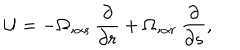
LaTeX: { \cal U } = - \Omega , _ { \alpha s } { \frac { \partial } { \partial r } } + \Omega , _ { \alpha r } { \frac { \partial } { \partial s } } ,